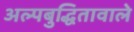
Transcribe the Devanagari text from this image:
अल्पबुद्धितावाले